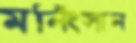
মর্নিংসান